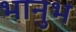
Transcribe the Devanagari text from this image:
भानुभ